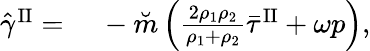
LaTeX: \begin{array}{rl}{\hat{\gamma}^{\mathrm{II}}=}&{{}~-\breve{m}\left(\frac{2\rho_{1}\rho_{2}}{\rho_{1}+\rho_{2}}\bar{\tau}^{\mathrm{II}}+\omega p\right),}\end{array}